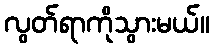
လွတ်ရာကိုသွားမယ်။